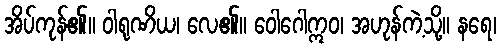
အိပ်ကုန်၏။ ဝါရုဏိယ၊ လေ၏။ ဝေါဂေါဣဝ၊ အဟုန်ကဲ့သို့။ နရေ၊